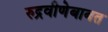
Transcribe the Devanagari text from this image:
रुद्रवीणेबाबत